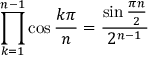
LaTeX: \prod _ { k = 1 } ^ { n - 1 } \cos { \frac { k \pi } { n } } = { \frac { \sin { \frac { \pi n } { 2 } } } { 2 ^ { n - 1 } } }